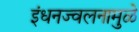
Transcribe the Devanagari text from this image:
इंधनज्वलनामुळे